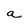
Character: a